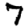
Digit: 7